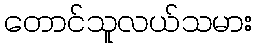
တောင်သူလယ်သမား